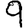
Digit: 9